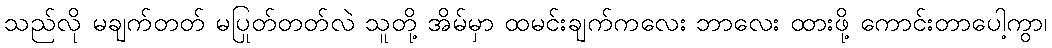
သည်လို မချက်တတ် မပြုတ်တတ်လဲ သူတို့ အိမ်မှာ ထမင်းချက်ကလေး ဘာလေး ထားဖို့ ကောင်းတာပေါ့ကွာ၊